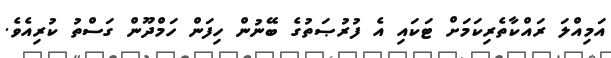
އަމިއްލަ ރައްކާތެރިކަމަށް ޓަކައި އެ ފުރުޞަތުގެ ބޭނުން ހިފަން ހަމްދޫން ގަސްތު ކުރިއެވެ.